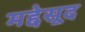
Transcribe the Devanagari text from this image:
मद्देसूद